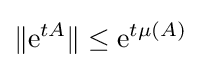
\|\mathrm {e} ^{tA}\|\leq \mathrm {e} ^{t\mu (A)}